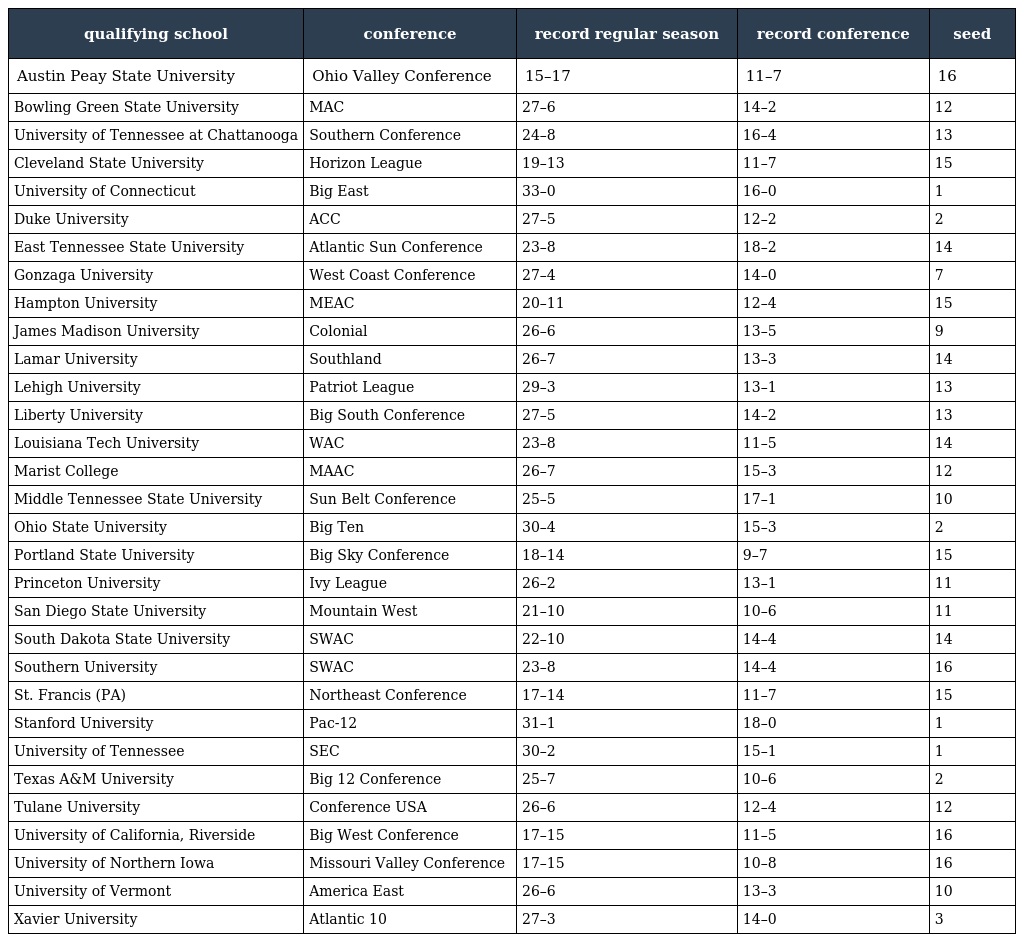
| qualifying school | conference | record regular season | record conference | seed |
 | --- | --- | --- | --- | --- |
 | Austin Peay State University | Ohio Valley Conference | 15–17 | 11–7 | 16 |
 | Bowling Green State University | MAC | 27–6 | 14–2 | 12 |
 | University of Tennessee at Chattanooga | Southern Conference | 24–8 | 16–4 | 13 |
 | Cleveland State University | Horizon League | 19–13 | 11–7 | 15 |
 | University of Connecticut | Big East | 33–0 | 16–0 | 1 |
 | Duke University | ACC | 27–5 | 12–2 | 2 |
 | East Tennessee State University | Atlantic Sun Conference | 23–8 | 18–2 | 14 |
 | Gonzaga University | West Coast Conference | 27–4 | 14–0 | 7 |
 | Hampton University | MEAC | 20–11 | 12–4 | 15 |
 | James Madison University | Colonial | 26–6 | 13–5 | 9 |
 | Lamar University | Southland | 26–7 | 13–3 | 14 |
 | Lehigh University | Patriot League | 29–3 | 13–1 | 13 |
 | Liberty University | Big South Conference | 27–5 | 14–2 | 13 |
 | Louisiana Tech University | WAC | 23–8 | 11–5 | 14 |
 | Marist College | MAAC | 26–7 | 15–3 | 12 |
 | Middle Tennessee State University | Sun Belt Conference | 25–5 | 17–1 | 10 |
 | Ohio State University | Big Ten | 30–4 | 15–3 | 2 |
 | Portland State University | Big Sky Conference | 18–14 | 9–7 | 15 |
 | Princeton University | Ivy League | 26–2 | 13–1 | 11 |
 | San Diego State University | Mountain West | 21–10 | 10–6 | 11 |
 | South Dakota State University | SWAC | 22–10 | 14–4 | 14 |
 | Southern University | SWAC | 23–8 | 14–4 | 16 |
 | St. Francis (PA) | Northeast Conference | 17–14 | 11–7 | 15 |
 | Stanford University | Pac-12 | 31–1 | 18–0 | 1 |
 | University of Tennessee | SEC | 30–2 | 15–1 | 1 |
 | Texas A&M University | Big 12 Conference | 25–7 | 10–6 | 2 |
 | Tulane University | Conference USA | 26–6 | 12–4 | 12 |
 | University of California, Riverside | Big West Conference | 17–15 | 11–5 | 16 |
 | University of Northern Iowa | Missouri Valley Conference | 17–15 | 10–8 | 16 |
 | University of Vermont | America East | 26–6 | 13–3 | 10 |
 | Xavier University | Atlantic 10 | 27–3 | 14–0 | 3 |